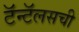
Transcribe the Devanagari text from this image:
टॅन्टॅलसची